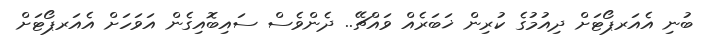
ބުނި އެއަރޕޯޓަށް ދިއުމުގެ ކުރިން ޚަބަރެއް ވައްޗޭ.. ދެންވެސް ސައިބޮއިގެން އަވަހަށް އެއަރޕޯޓަށް